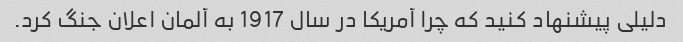
دلیلی پیشنهاد کنید که چرا آمریکا در سال 1917 به آلمان اعلان جنگ کرد.